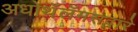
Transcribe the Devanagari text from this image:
अधोथॅलॅमसद्वारे